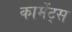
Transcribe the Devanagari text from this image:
कामेंट्स